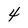
Character: 4